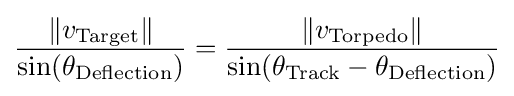
{\frac {\left\Vert v_{\mathrm {Target} }\right\|}{\sin(\theta _{\mathrm {Deflection} })}}={\frac {\left\Vert v_{\mathrm {Torpedo} }\right\|}{\sin(\theta _{\mathrm {Track} }-\theta _{\mathrm {Deflection} })}}